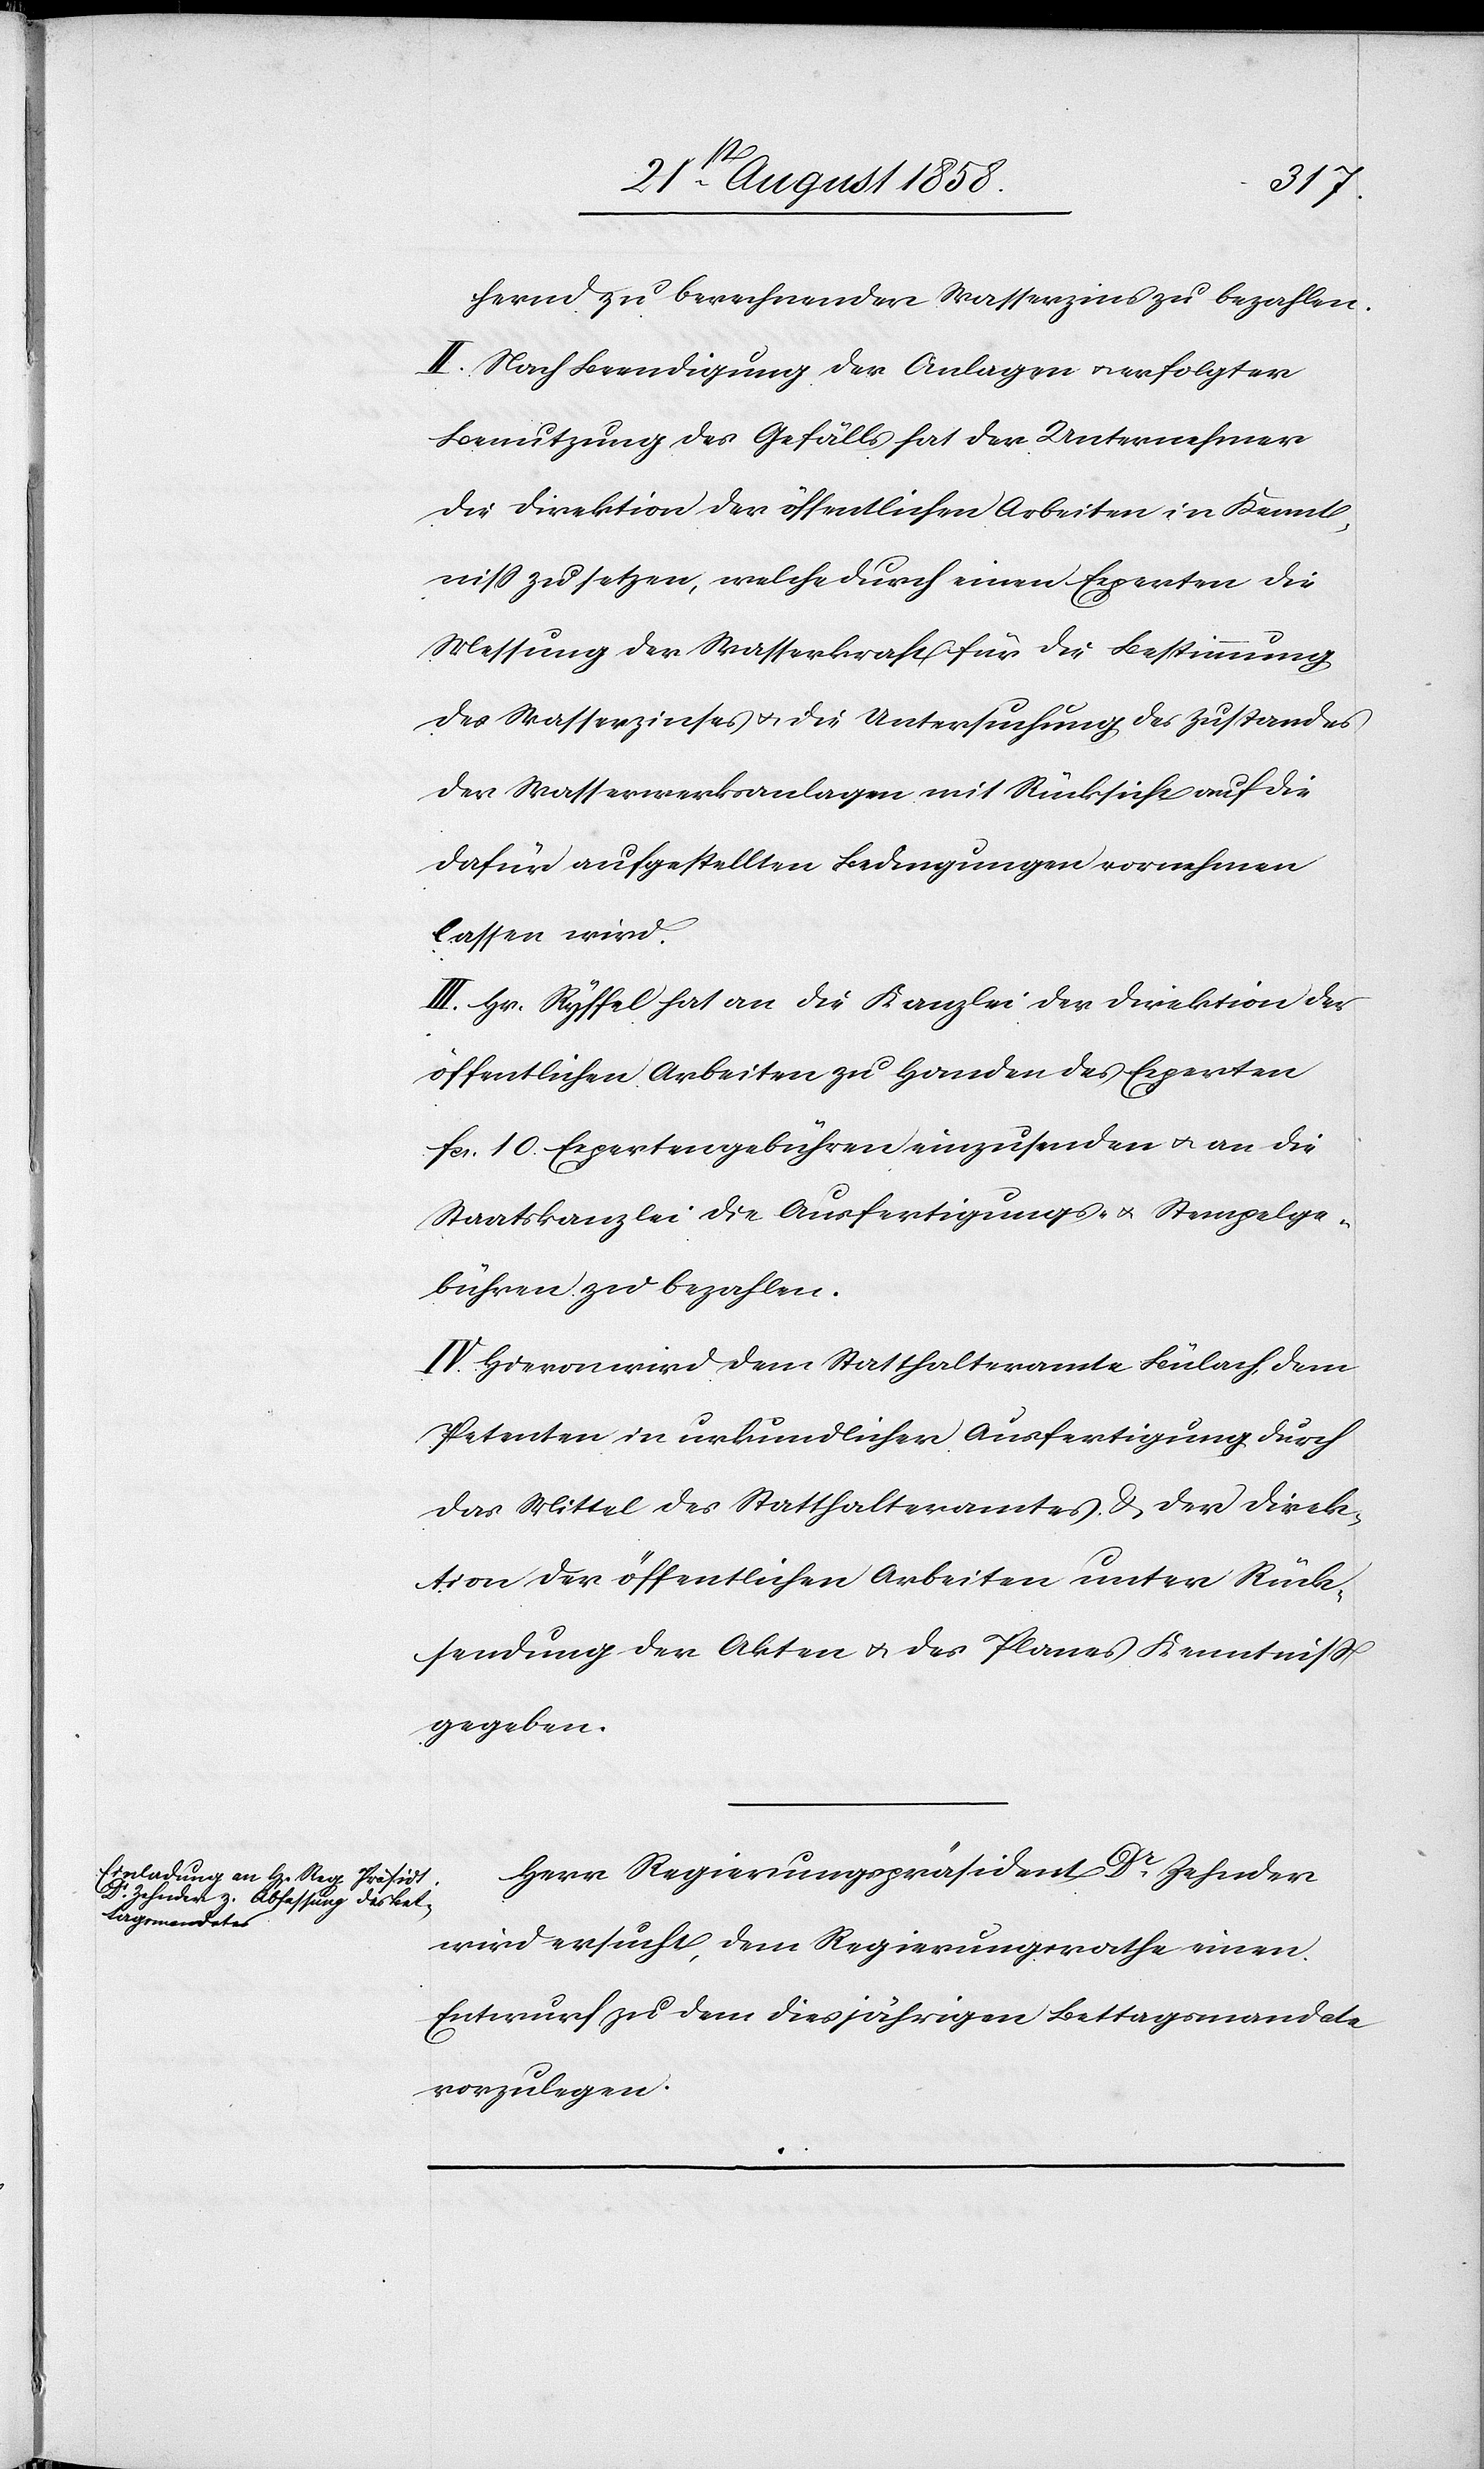
hernd zu berechnender Wasserzins zu bezahlen.
II. Nach Beendigung der Anlagen & erfolgter
Benutzung des Gefälls hat der Unternehmer
die Direktion der öffentlichen Arbeiten in Kennt¬
niss zu setzen, welche durch einen Experten die
Messung der Wasserkraft für die Bestimmung
des Wasserzinses & die Untersuchung des Zustandes
der Wasserwerksanlagen mit Rücksicht auf die
dafür aufgestellten Bedingungen vornehmen
lassen wird.
III. Hr. Ryffel hat an die Kanzlei der Direktion der
öffentlichen Arbeiten zu Handen des Experten
fcs. 10 Expertengebühren einzusenden & an die
Staatskanzlei die Ausfertigungs- & Stempelge¬
bühren zu bezahlen.
IV. Hievon wird dem Statthalteramte Bülach, dem
Petenten in urkundlicher Ausfertigung durch
das Mittel des Statthalteramtes & der Direk¬
tion der öffentlichen Arbeiten unter Rück¬
sendung der Akten & des Planes Kenntniss
gegeben.
Herr Regierungspräsident Dr. Zehnder
wird ersucht, dem Regierungsrathe einen
Entwurf zu dem diesjährigen Bettagsmandate
vorzulegen.